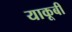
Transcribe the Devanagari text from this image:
याकूबी